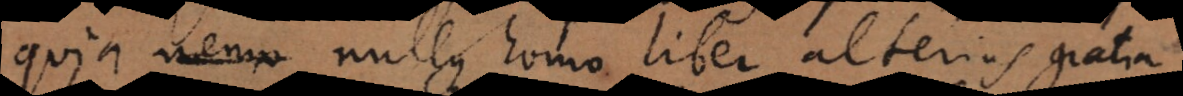
quia nemo nullus homo liber alterius gratia